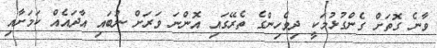
ވާނެ ގޮތަށް ގެންގުޅުމަކީ ދިވެހިންގެ ތެރޭގައި އޮންނަ ވަރަށް ނުބައި އާދައެއް ކަމަށާއި